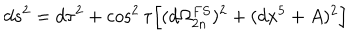
d s ^ { 2 } = d \tau ^ { 2 } + \cos ^ { 2 } \tau \Big [ ( d \Omega _ { 2 n } ^ { F S } ) ^ { 2 } + ( d x ^ { 5 } + A ) ^ { 2 } \Big ]